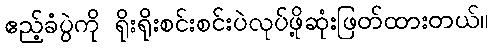
ဧည့်ခံပွဲကို ရိုးရိုးစင်းစင်းပဲလုပ်ဖို့ဆုံးဖြတ်ထားတယ်။